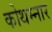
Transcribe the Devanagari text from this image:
कोथम्नार